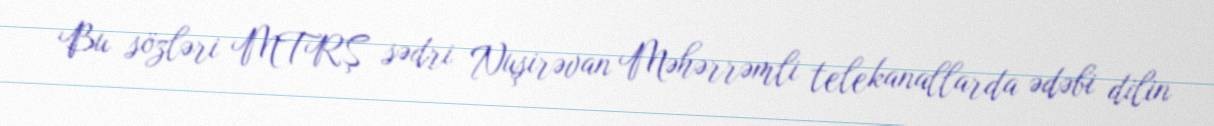
Bu sözləri MTRŞ sədri Nuşirəvan Məhərrəmli telekanallarda ədəbi dilin